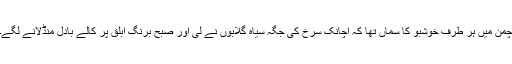
چمن میں ہر طرف خوشبو کا سماں تھا کہ اچانک سُرخ کی جگہ سیاہ گلابوں نے لی اور صبح برنگِ ابلق پر کالے بادل منڈلانے لگے۔